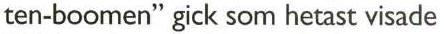
ten-boomen" gick som hetast visade